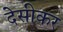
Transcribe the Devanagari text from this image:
देसीकर